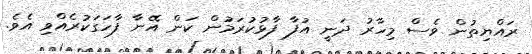
ރައްޔިތުން ވެސް މިހާރު ދަނީ އުފާ ފާޅުކުރަމުން ކަން އޭނާ ފާހަގަކުރެއްވި އެވެ.